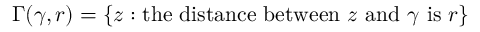
\Gamma ( \gamma , r ) = \{ z : { \mathrm { t h e ~ d i s t a n c e ~ b e t w e e n ~ } } z { \mathrm { ~ a n d ~ } } \gamma { \mathrm { ~ i s ~ } } r \}